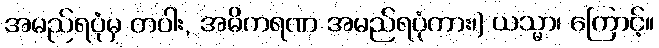
အမည်ရပုံမှ တပါး, အဓိကရဏ အမည်ရပုံကား၊) ယသ္မာ၊ ကြောင့်။